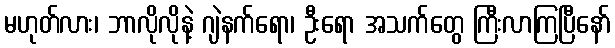
မဟုတ်လား၊ ဘာလိုလိုနဲ့ ဂျဲနက်ရော၊ ဦးရော အသက်တွေ ကြီးလာကြပြီနော်